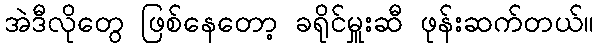
အဲဒီလိုတွေ ဖြစ်နေတော့ ခရိုင်မှူးဆီ ဖုန်းဆက်တယ်။